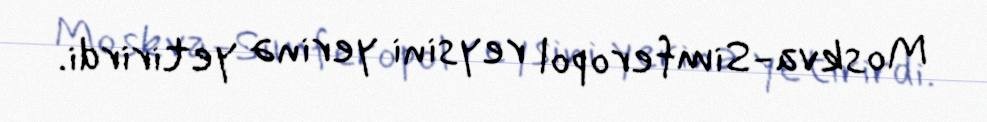
Moskva-Simferopol reysini yerinə yetirirdi.